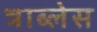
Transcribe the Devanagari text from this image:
त्राब्लेस